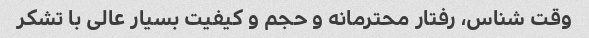
وقت شناس، رفتار محترمانه و حجم و کیفیت بسیار عالی با تشکر